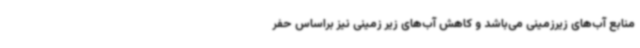
منابع آب‌های زیرزمینی می‌باشد و کاهش آب‌های زیر زمینی نیز براساس حفر